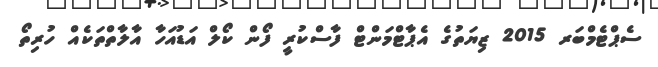
ސެޕްޓެމްބަރ 2015 ޒިޔަތުގެ އެޕާޓްމަންޓް ފާސްކުރީ ފޯން ކޯލް އަޑުއަހާ އާލާތްތަކެއް ހުރިތޯ